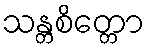
သန္တစိတ္တော